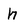
Character: h